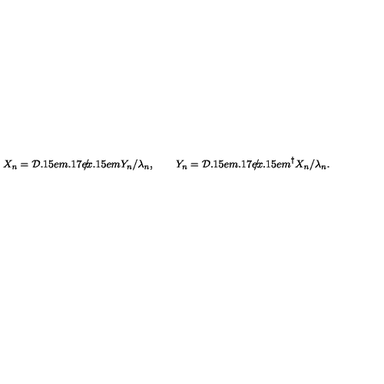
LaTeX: X _ { n } = { { \cal D } \kern - 0 . 1 5 e m \raise 0 . 1 7 e x \llap { / } \kern 0 . 1 5 e m \relax } Y _ { n } / \lambda _ { n } , \qquad Y _ { n } = { { \cal D } \kern - 0 . 1 5 e m \raise 0 . 1 7 e x \llap { / } \kern 0 . 1 5 e m \relax } ^ { \dagger } { X _ { n } } / \lambda _ { n } .